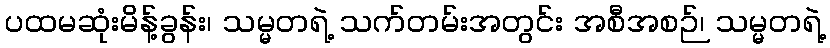
ပထမဆုံးမိန့်ခွန်း၊ သမ္မတရဲ့ သက်တမ်းအတွင်း အစီအစဉ်၊ သမ္မတရဲ့